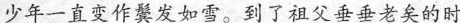
少年一直变作鬓发如雪。到了祖父垂垂老矣的时